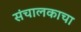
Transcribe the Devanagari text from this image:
संचालकाचा